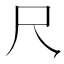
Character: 𪛛